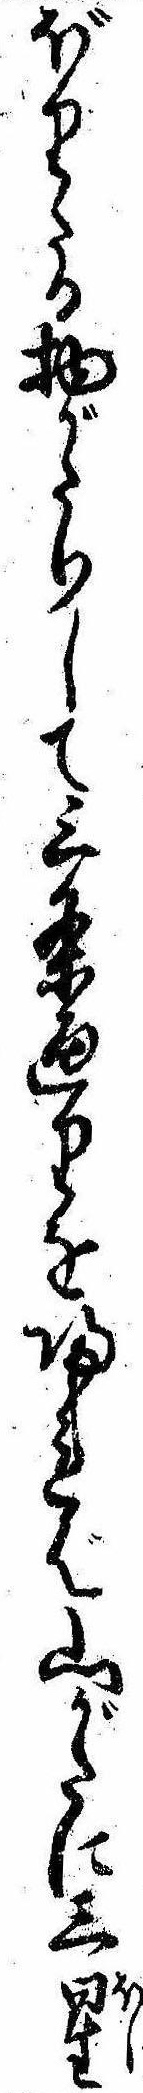
ぼりたる物がたりして三条通りを帰れば山がたに三星